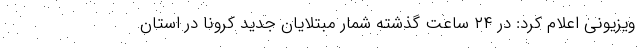
ویزیونی اعلام کرد: در ۲۴ ساعت گذشته شمار مبتلایان جدید کرونا در استان